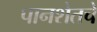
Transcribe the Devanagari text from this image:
पानशेतचे